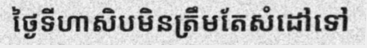
ថ្ងៃទីហាសិបមិនត្រឹមតែសំដៅទៅ